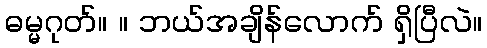
ဓမ္မဂုတ်။ ။ ဘယ်အချိန်လောက် ရှိပြီလဲ။